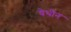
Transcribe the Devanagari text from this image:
येथीन